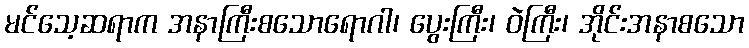
မင်သေ့ဆရာက အနာကြီးစသောရောဂါ၊ ပွေးကြီး၊ ဝဲကြီး၊ အိုင်းအနာစသော